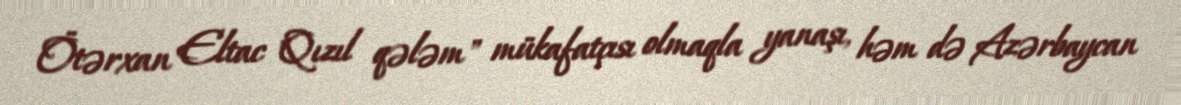
Ötərxan Eltac "Qızıl qələm" mükafatçısı olmaqla yanaşı, həm də Azərbaycan